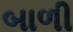
બાળી